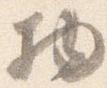
物